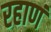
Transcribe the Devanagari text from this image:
रहाणं